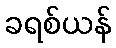
ခရစ်ယန်